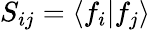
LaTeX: S_{ij}=\langle f_{i}|f_{j}\rangle